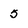
Character: 5